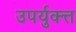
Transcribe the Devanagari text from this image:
उपर्युक्त्त